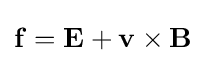
\mathbf {f} =\mathbf {E} +\mathbf {v} \times \mathbf {B}